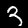
Label: 3